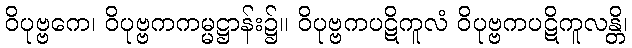
ဝိပုဗ္ဗကေ၊ ဝိပုဗ္ဗကကမ္မဋ္ဌာန်း၌။ ဝိပုဗ္ဗကပဋိကူလံ ဝိပုဗ္ဗကပဋိကူလန္တိ၊